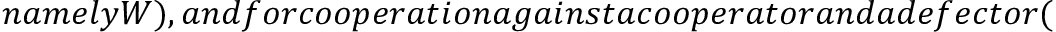
n a m e l y W ) , a n d f o r c o o p e r a t i o n a g a i n s t a c o o p e r a t o r a n d a d e f e c t o r (